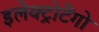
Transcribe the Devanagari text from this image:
इलेक्ट्रोटैंगो